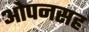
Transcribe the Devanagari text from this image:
ओपनसह